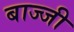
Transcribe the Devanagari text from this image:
बाज्जी